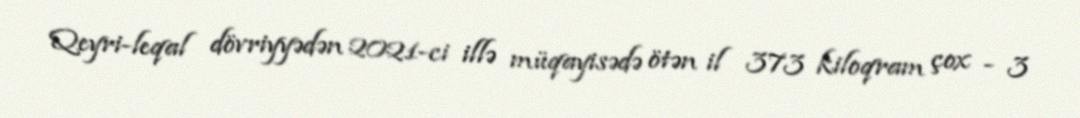
Qeyri-leqal dövriyyədən 2021-ci illə müqayisədə ötən il 373 kiloqram çox - 3